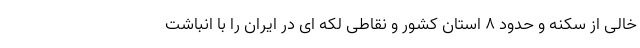
خالی از سکنه و حدود 8 استان کشور و نقاطی لکه ای در ایران را با انباشت